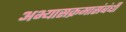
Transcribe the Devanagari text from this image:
अभ्यासक्रमासंबंधी